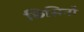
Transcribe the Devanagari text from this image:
छिसिनौ